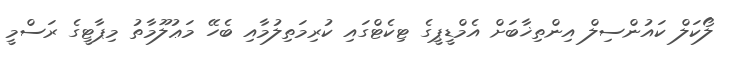
ލޯކަލް ކައުންސިލް އިންތިޚާބަށް އެމްޑީޕީގެ ޓިކެޓްގައި ކުރިމަތިލުމާއި ބެހޭ މަޢުލޫމާތު މިޕާޓީގެ ރަސްމީ